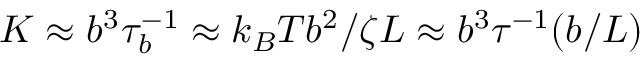
K \approx b ^ { 3 } \tau _ { b } ^ { - 1 } \approx { k _ { B } T b ^ { 2 } } / { \zeta L } \approx b ^ { 3 } \tau ^ { - 1 } ( b / L )